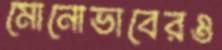
মোনোভাবেরও